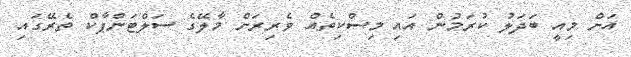
އަށް މިއީ ބަދަލު ކުރަމުން އައި މިސްކިތެއް ވެރިރަށް މާލޭގެ ސަލްޓަންޕާކް ތެރޭގައި